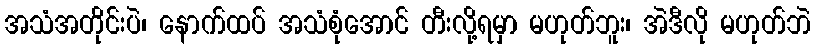
အသံအတိုင်းပဲ၊ နောက်ထပ် အသံစုံအောင် တီးလို့ရမှာ မဟုတ်ဘူး၊ အဲဒီလို မဟုတ်ဘဲ